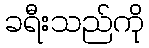
ခရီးသည်ကို